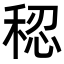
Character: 𫀷